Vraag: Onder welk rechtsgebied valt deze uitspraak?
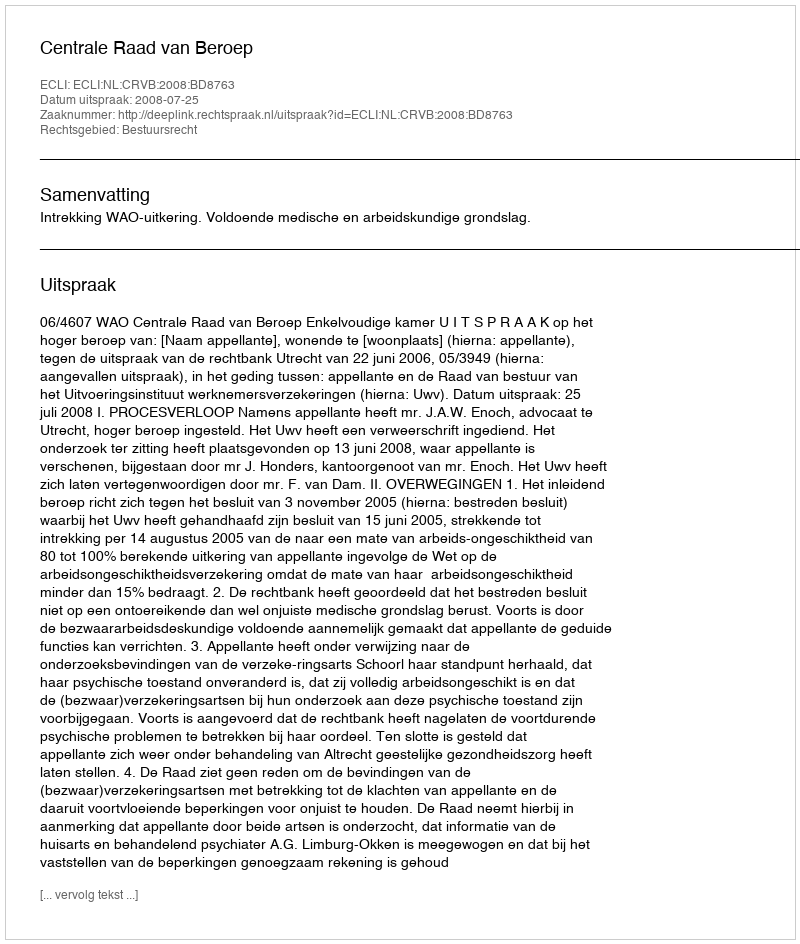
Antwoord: Bestuursrecht